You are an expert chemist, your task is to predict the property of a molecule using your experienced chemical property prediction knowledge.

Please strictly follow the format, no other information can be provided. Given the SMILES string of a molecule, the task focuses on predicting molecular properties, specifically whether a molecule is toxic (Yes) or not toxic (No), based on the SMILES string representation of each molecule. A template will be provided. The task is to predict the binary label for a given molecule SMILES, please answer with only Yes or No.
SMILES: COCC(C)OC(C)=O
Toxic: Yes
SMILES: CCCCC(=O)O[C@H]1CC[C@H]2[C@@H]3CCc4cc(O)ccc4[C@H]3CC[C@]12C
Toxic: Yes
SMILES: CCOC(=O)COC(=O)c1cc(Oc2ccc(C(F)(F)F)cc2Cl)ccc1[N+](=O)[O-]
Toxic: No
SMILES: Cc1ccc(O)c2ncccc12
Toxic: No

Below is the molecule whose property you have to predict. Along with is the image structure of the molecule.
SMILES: CCOCC(C)O
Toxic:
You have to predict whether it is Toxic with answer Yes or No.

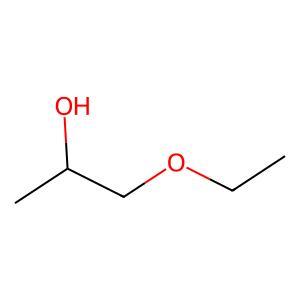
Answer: No